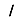
Digit: 1